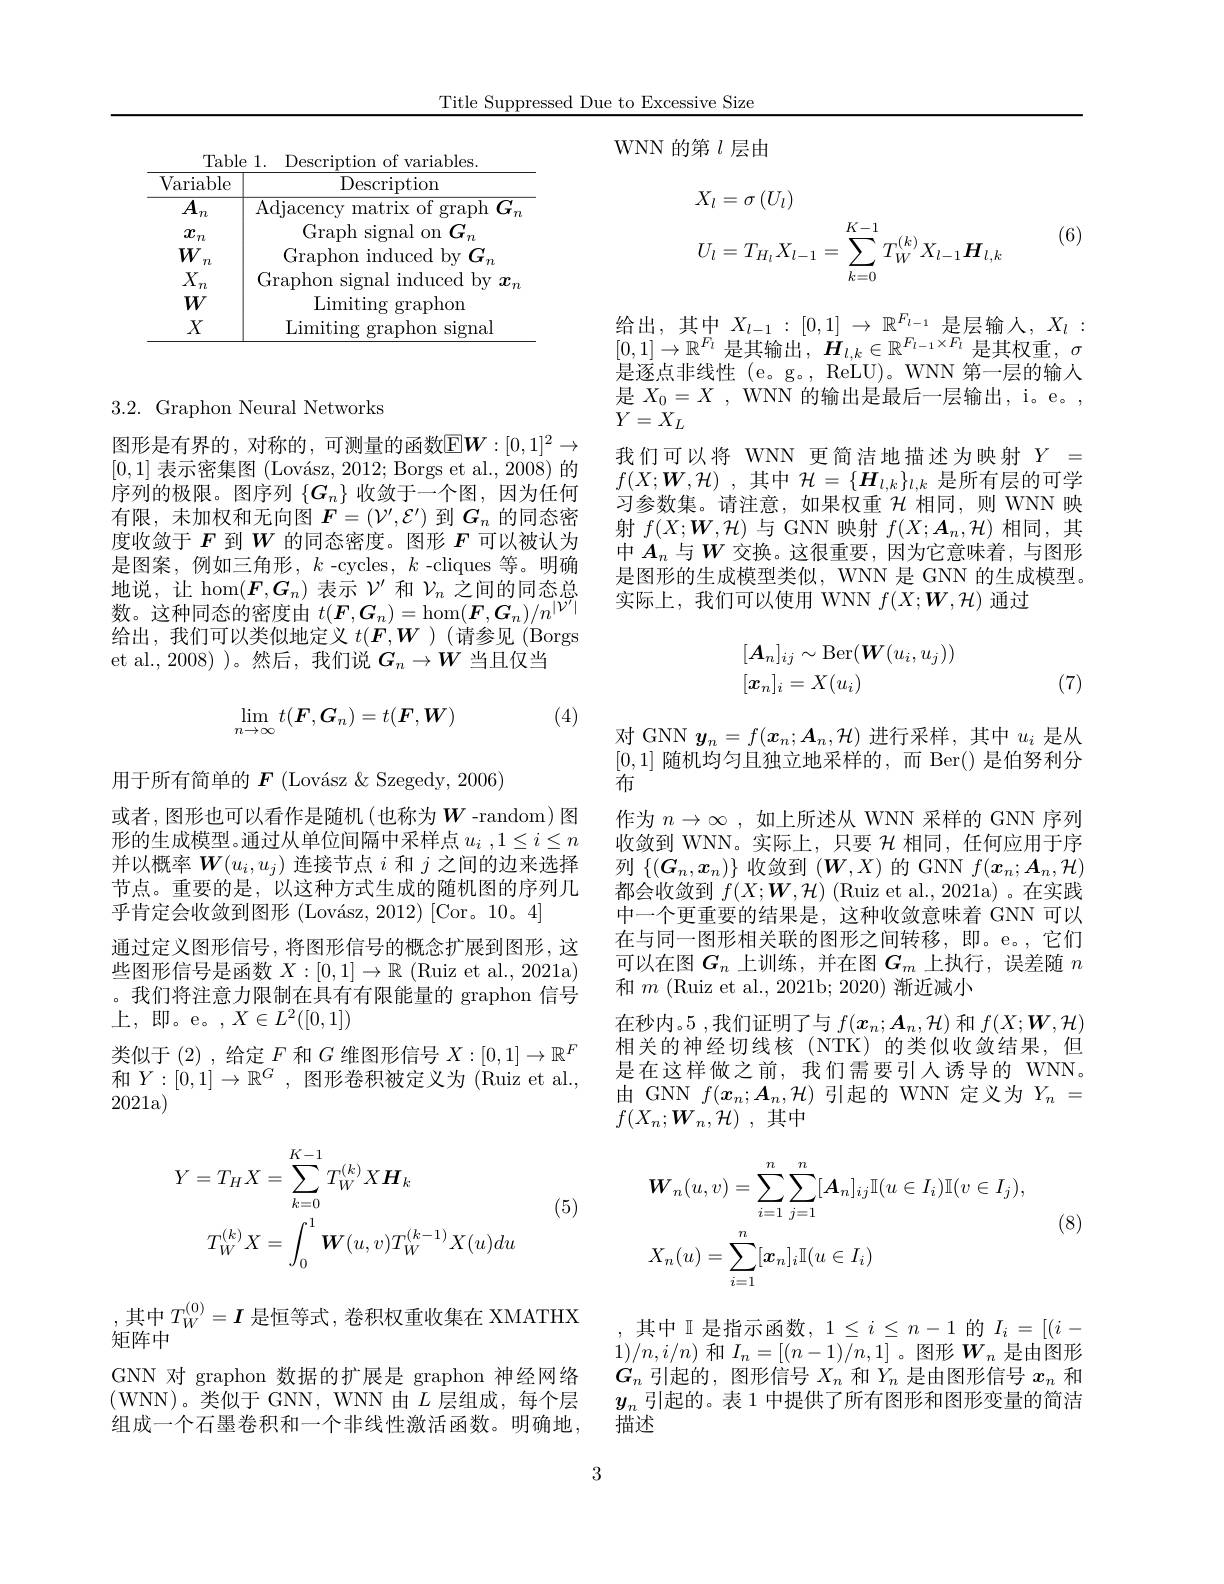
Title Suppressed Due to Excessive Size

WNN 的第$l$层由

<table>
	<tbody>
		<tr>
			<td>Tabl$\epsilon$ Variable</td>
			<td>1. Description of variables. Description</td>
		</tr>
		<tr>
			<td>$\overline{A_n}$</td>
			<td>$\operatorname{Adjacency}$ $\frac{1}{2}=\frac{1}{2}=\frac{1}{2}$ matrix of graph $1G$</td>
		</tr>
	</tbody>
</table>

## 3.2. Graphon Neural Networks

图形是有界的，对称的，可测量的函数$\mathbb{E}\boldsymbol{W}:[0,1]^2\to$ [0,1]表示密集图$( \text{Lov\' {a}sz, 2012; Borgsetal. , 2008) 的 }$ 序列的极限。图序列$\{G_n\}$收敛于一个图，因为任何有限，未加权和无向图$F=(\mathcal{V}^{\prime},\mathcal{E}^{\prime})$到$G_n$的同态密度收敛于$F$到$W$的同态密度。图形$F$可以被认为是图案，例如三角形，$k$-cycles,$k$-cliques 等。明确地说，让 hom$(\boldsymbol{F},\boldsymbol{G}_n)$表示$\mathcal{V}^\prime$和$\mathcal{V}_n$之间的同态总数 。这 种 同 态 的 密 度 由 $t( \boldsymbol{F}, \boldsymbol{G}_n) = \hom ( \boldsymbol{F}, \boldsymbol{G}_n) / n^{| \boldsymbol{V}^{\prime }| }$ 给 出 , 我 们 可 以 类 似 地 定 义 $t( \boldsymbol{F}, \boldsymbol{W})$ ( 请 参 见 ( Borgs et al.,2008))。然后，我们说$G_n\to W$当且仅当

(4)
$$\lim_{n\to\infty}t(\boldsymbol{F},\boldsymbol{G}_n)=t(\boldsymbol{F},\boldsymbol{W})$$
用于所有简单的$F$ (Lovász &Szegedy, 2006)
或者，图形也可以看作是随机(也称为$W$-random)图形的生成模型。通过从单位间隔中采样点$u_i$ $, 1\leq i\leq n$ 并以概率$W(u_i,u_j)$连接节点$i$和$j$之间的边来选择节点。重要的是，以这种方式生成的随机图的序列几$\text{乎 肯 定 会 收 敛 到 图 形 ( Lov\'{a} sz, 2012) [ Cor。10。4] }$
通过定义图形信号，将图形信号的概念扩展到图形，这些图形信号是函数$X:[0,1]\to\mathbb{R}$ (Ruiz et al., 2021a) 。我们将注意力限制在具有有限能量的 graphon 信号上，即。e。,$X\in L^2([0,1])$
类似于(2),给定$F$和$G$维图形信号$X:[0,1]\to\mathbb{R}^F$ 和$Y:[0,1]\to\mathbb{R}^G$,图形卷积被定义为(Ruiz et al., 2021a)
$$\begin{aligned}Y&=T_{H}X=\sum_{k=0}^{K-1}T_{W}^{(k)}X\boldsymbol{H}_{k}\\T_{W}^{(k)}X&=\int_{0}^{1}\boldsymbol{W}(u,v)T_{W}^{(k-1)}X(u)du\end{aligned}$$
(5)

,其中 $T_W^{(0)}=I$ 是恒等式，卷积权重收集在 XMATHX
矩阵中
GNN 对 graphon 数据的扩展是 graphon 神经网络(WNN)。类似于 GNN, WNN 由$L$层组成，每个层组成一个石墨卷积和一个非线性激活函数。明确地
$$\begin{aligned}&X_{l}=\sigma\left(U_{l}\right)\\&U_{l}=T_{H_{l}}X_{l-1}=\sum_{k=0}^{K-1}T_{W}^{(k)}X_{l-1}\boldsymbol{H}_{l,k}\end{aligned}$$
(6)

$\begin{array}{l}\text{给出，其中}X_{l-1}:[0,1]\to\mathbb{R}^{F_{l-1}}\text{是层输人，}X_{l}:\\[0,1]\to\mathbb{R}^{F_{l}}\text{是其输出，}\boldsymbol{H}_{l,k}\in\mathbb{R}^{F_{l-1}\times F_{l}\text{ 是其权重，}\sigma}\\\text{是逐点非线性(e。g。},\mathrm{~ReLU)。WNN}\text{ 第一层的输入}\end{array}$ 是$X_0=X$ , WNN 的输出是最后一层输出，i。e。, $Y=X_L$
我们可以将 WNN 更简洁地描述为映射$Y=$ $f( X; \boldsymbol{W}, \mathcal{H} )$ ,其中$\mathcal{H}=\{\boldsymbol{H}_l,k\}_{l,k}$是所有层的可学习参数集。请注意，如果权重$\mathcal{H}$相同，则 WNN 映射$f(X;\boldsymbol{W},\mathcal{H})$与 GNN 映射$f(X;\boldsymbol{A}_n,\mathcal{H})$相同，其中$A_n$与$W$交换。这很重要，因为它意味着，与图形是图形的生成模型类似，WNN是 GNN 的生成模型。实际上，我们可以使用 WNN $f(X;\boldsymbol{W},\mathcal{H})$通过
$$\begin{aligned}&[A_{n}]_{ij}\sim\mathrm{Ber}(\boldsymbol{W}(u_{i},u_{j}))\\&[\boldsymbol{x}_{n}]_{i}=X(u_{i})\end{aligned}$$
(7)

对 GNN $\boldsymbol y_n=f(\boldsymbol x_n;\boldsymbol{A}_n,\mathcal{H})$进行采样，其中$u_i$是从[0,1]随机均匀且独立地采样的，而 Ber()是伯努利分布
作为$n\to\infty$ ,如上所述从 WNN 采样的 GNN 序列收敛到 WNN。实际上，只要$\mathcal{H}$相同，任何应用于序列$\{(G_n,x_n)\}$收敛到$(\boldsymbol W,X)$的 GNN $f(\boldsymbol x_n;\boldsymbol A_n,\mathcal{H})$ 都会收敛到$f(X;\boldsymbol{W},\mathcal{H})$ (Ruiz et al., 2021a) 。在实践中一个更重要的结果是，这种收敛意味着 GNN 可以在与同一图形相关联的图形之间转移，即。e。,它们可以在图$G_n$上训练，并在图$G_m$上执行，误差随$n$ 和$m$ (Ruiz et al., 2021b; 2020) 渐近减小
在秒内。5 ,我们证明了与$f(\boldsymbol x_n;\boldsymbol{A}_n,\mathcal{H})$和$f(X;\boldsymbol{W},\mathcal{H})$ 相关的神经切线核(NTK)的类似收敛结果，但是在这样做之前，我们需要引人诱导的 WNN。由 GNN $f(\boldsymbol{x}_n;\boldsymbol{A}_n,\mathcal{H})$引起的 WNN 定义为$Y_n=$ $f( X_{n}; \boldsymbol{W}_{n}, \dot{\mathcal{H} } )$ ,其中
$$\begin{aligned}&W_{n}(u,v)=\sum_{i=1}^{n}\sum_{j=1}^{n}[A_{n}]_{ij}\mathbb{I}(u\in I_{i})\mathbb{I}(v\in I_{j}),\\&X_{n}(u)=\sum_{i=1}^{n}[\boldsymbol{x}_{n}]_{i}\mathbb{I}(u\in I_{i})\end{aligned}$$
(8)

其中 I 是指示函数，$1\leq i\leq n-1$的$I_i=[(i-$ $1)/n,i/n)$和$I_n=[(n-1)/n,1]$ 。图形$W_n$是由图形$G_n$引起的，图形信号$X_n$和$Y_n$是由图形信号$x_n$和$y_n$引起的。表 1 中提供了所有图形和图形变量的简洁描述

3